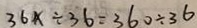
3 6 x \div 3 6 = 3 6 0 \div 3 6